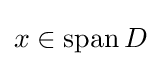
x\in \operatorname {span} D